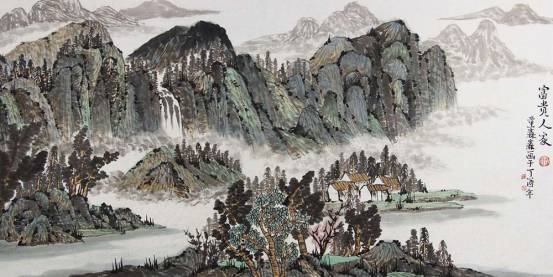
山重水复疑无路，柳暗花明又一村。